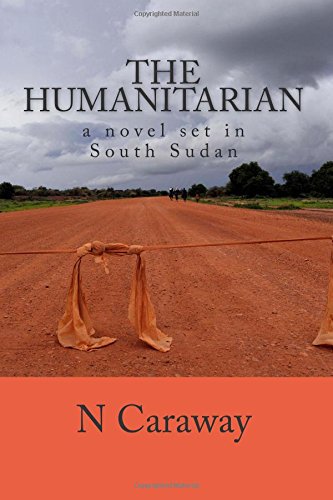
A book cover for The Humanitarian - a novel set in South Sudan; N Caraway; Travel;